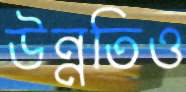
উন্নতিও